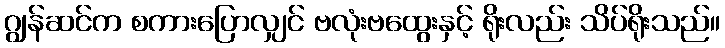
ဂျွန်ဆင်က စကားပြောလျှင် ဗလုံးဗထွေးနှင့် ရိုးလည်း သိပ်ရိုးသည်။